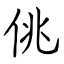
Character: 佻